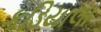
કડિયાલા